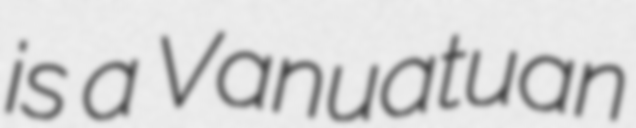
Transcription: is a Vanuatuan